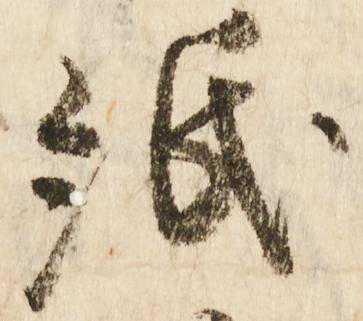
紙